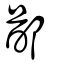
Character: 鄙